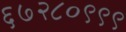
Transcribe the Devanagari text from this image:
६७२८०९९९